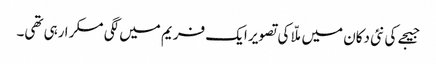
جیجے کی نئی دکان میں ملّا کی تصویر ایک فریم میں لگی مسکرا رہی تھی۔